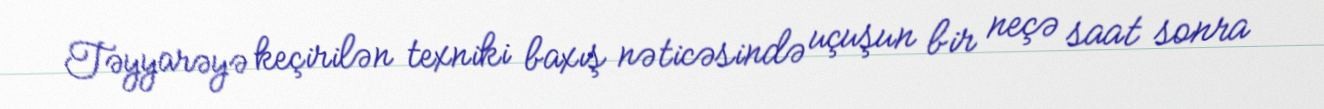
Təyyarəyə keçirilən texniki baxış nəticəsində uçuşun bir neçə saat sonra